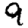
Digit: 9